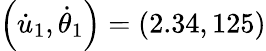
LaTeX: \left(\dot{u}_{1},\dot{\theta}_{1}\right)=\left(2.34,125\right)